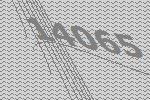
14065